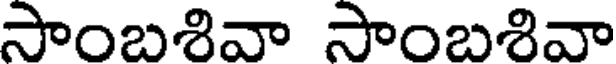
సాంబశివా సాంబశివా